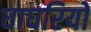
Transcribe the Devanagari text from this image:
घाघरियो